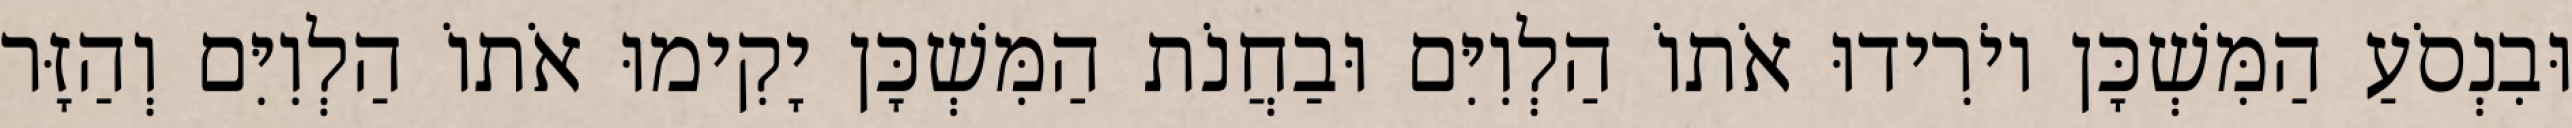
וּבִנְסֹעַ הַמִּשְׁכָּן יוֹרִידוּ אֹתוֹ הַלְוִיִּם וּבַחֲנֹת הַמִּשְׁכָּן יָקִימוּ אֹתוֹ הַלְוִיִּם וְהַזָּר